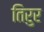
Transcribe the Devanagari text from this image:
तिरुर